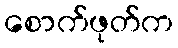
စောက်ဖုတ်က